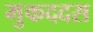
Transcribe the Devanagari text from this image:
मुकददस